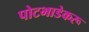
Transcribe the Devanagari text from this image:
पोटभाडेकरू